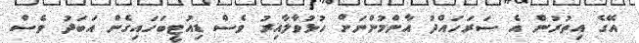
އޭގެ އިތުރުން އެ ސަރަހައްދު އާންމުންނަށް ހުޅުވާލާއިރު ވެސް ޑިއުޓީބަހައިގެން އަބަދު ވެސް